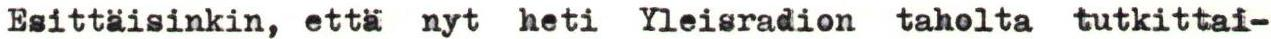
Esittäisinkin, että nyt heti Yleisradion taholta tutkittai-